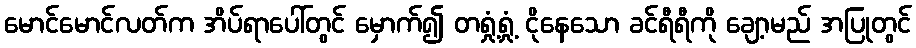
မောင်မောင်လတ်က အိပ်ရာပေါ်တွင် မှောက်၍ တရှုံ့ရှုံ့ ငိုနေသော ခင်ရီရီကို ချော့မည် အပြုတွင်